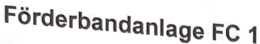
Text: Förderbandanlage FC 1